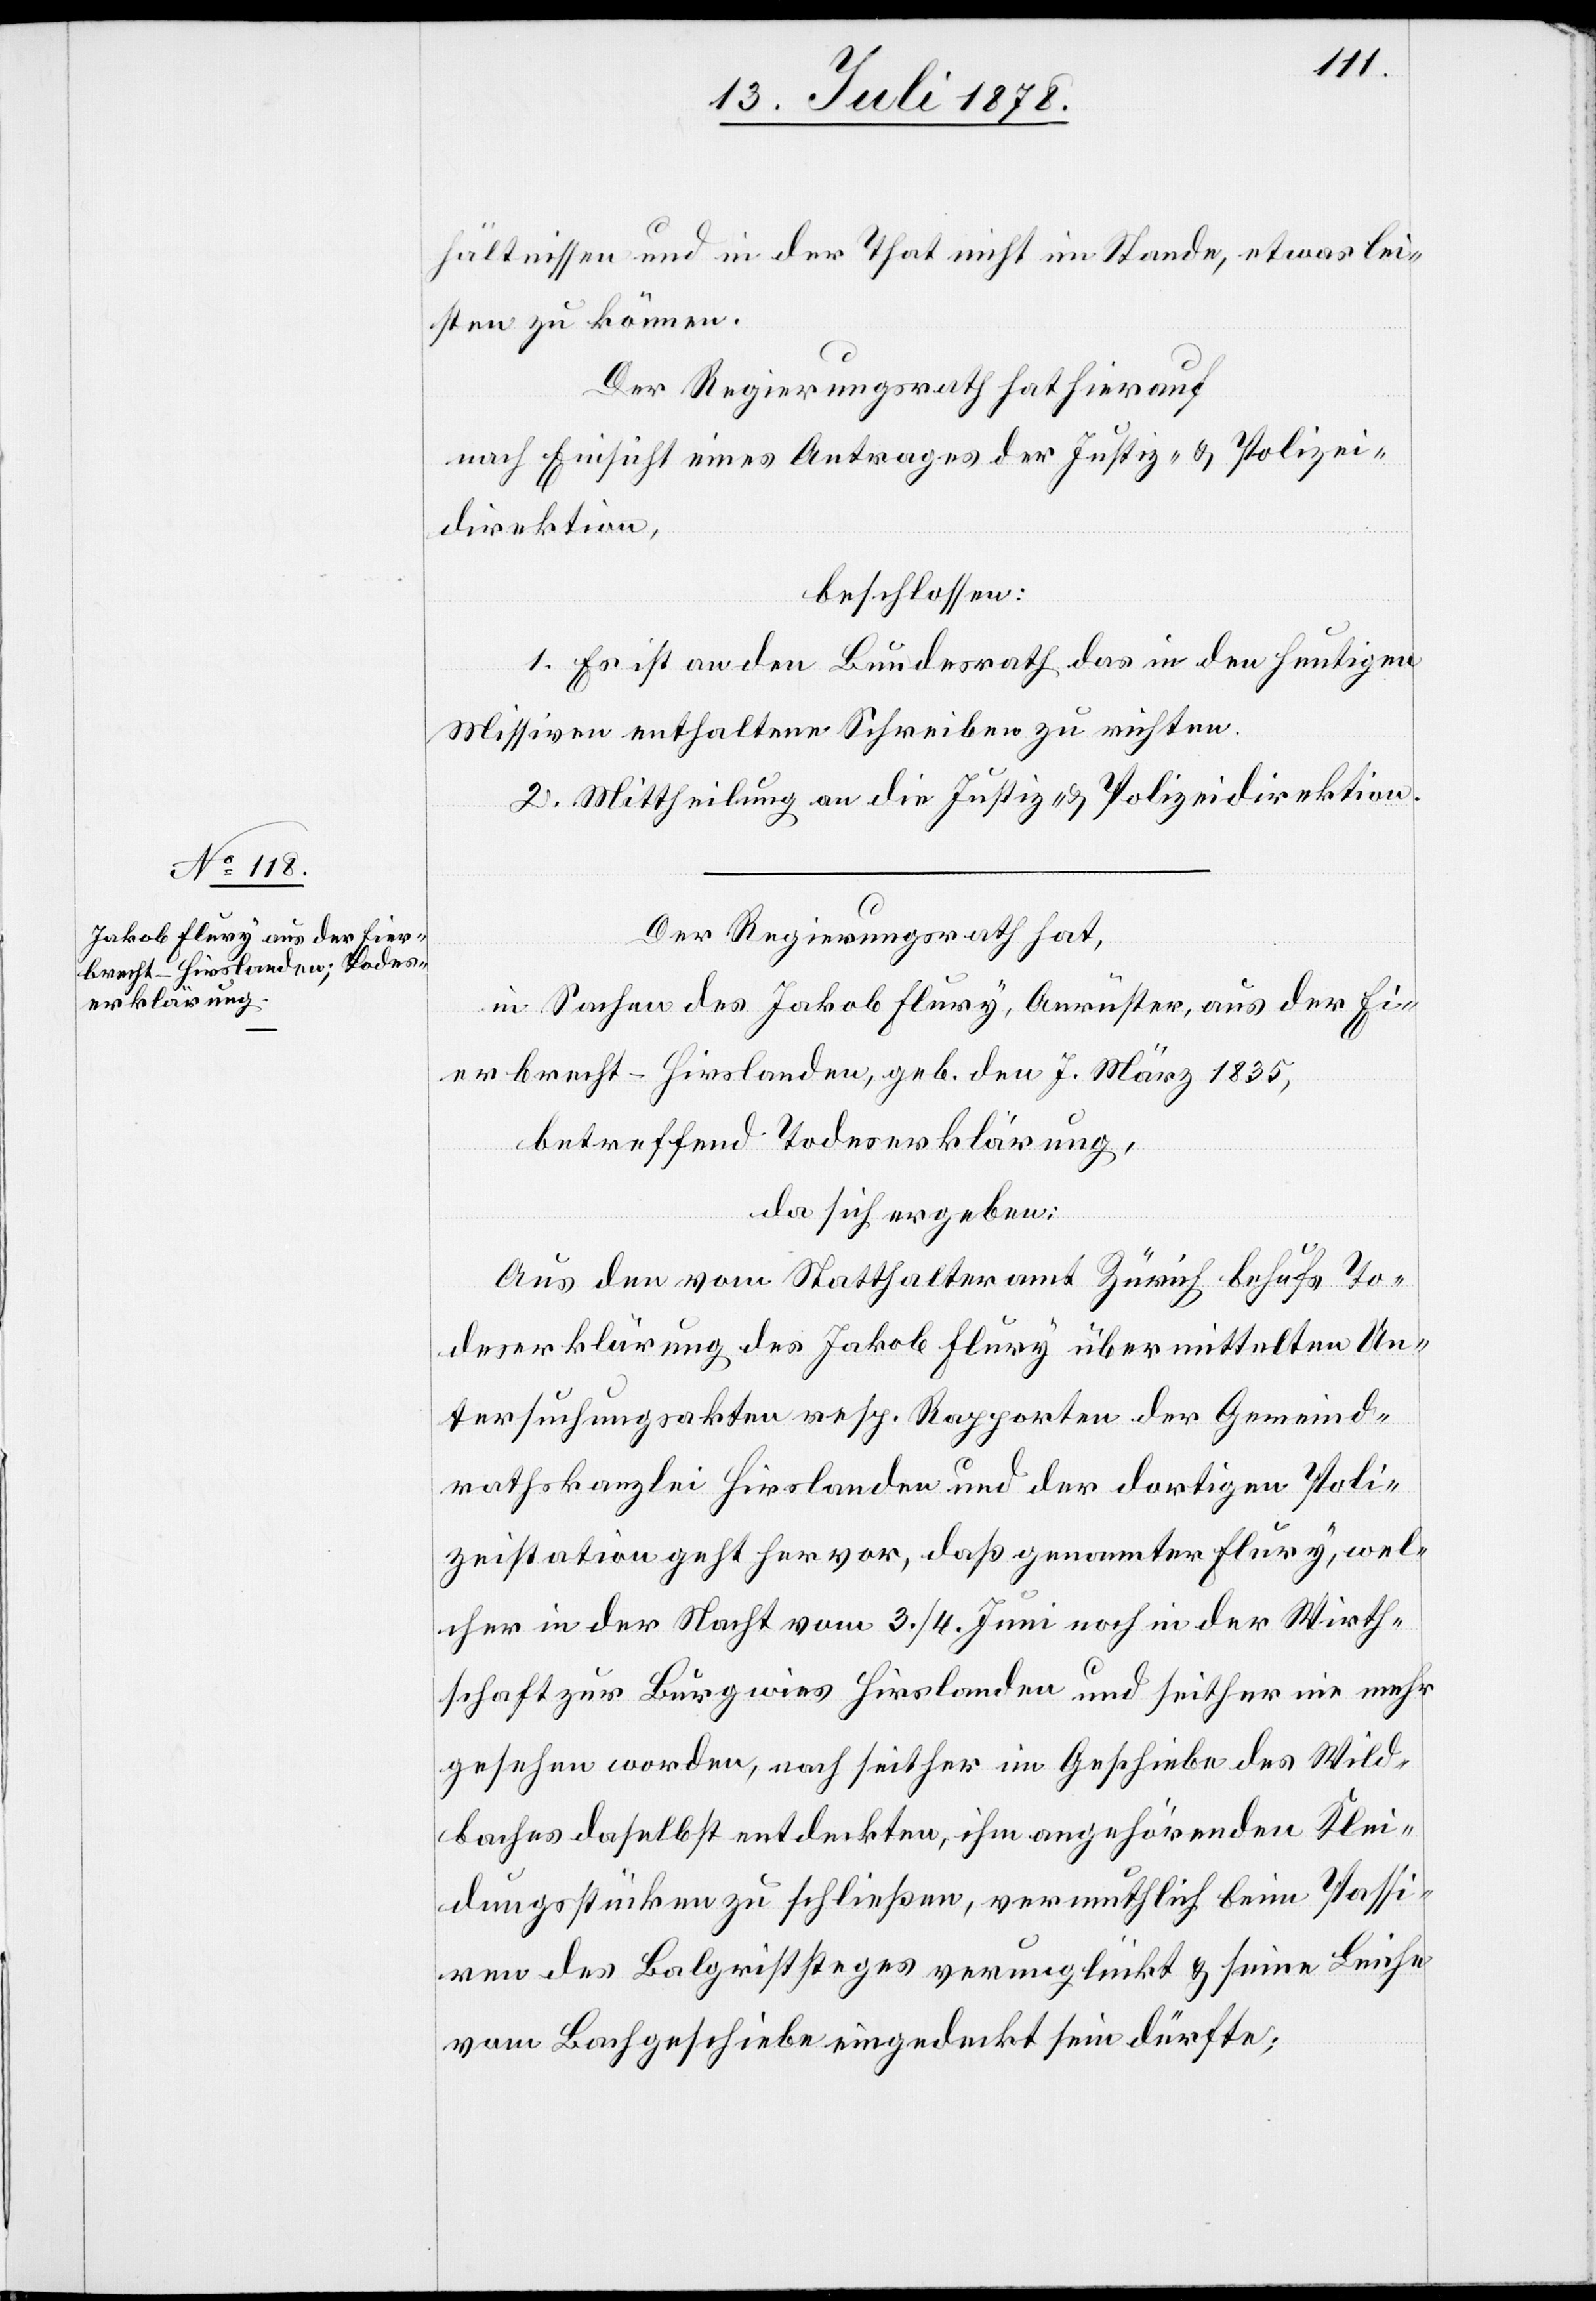
hältnissen und in der That nicht im Stande, etwas lei¬
sten zu können.
Der Regierungsrath hat hierauf
nach Einsicht eines Antrages der Justiz- & Polizei¬
direktion,
beschlossen:
1. Es ist an den Bundesrath das in den heutigen
Missiven enthaltene Schreiben zu richten.
2. Mittheilung an die Justiz- & Polizeidirektion.
Der Regierungsrath hat,
in Sachen des Jakob Flury, Anrüster, aus der Ei¬
erbrecht - Hirslanden, geb. den 7. März 1835,
betreffend Todeserklärung,
da sich ergeben:
Aus den vom Statthalteramt Zürich behufs To¬
deserklärung des Jakob Flury übermittelten Un¬
tersuchungsakten resp. Rapporten der Gemeind¬
rathskanzlei Hirslanden und der dortigen Poli¬
zeistation geht hervor, daß genannter Flury, wel¬
cher in der Nacht vom 3./4. Juni noch in der Wirth¬
schaft zur Burgwies Hirslanden und seither nie mehr
gesehen worden, nach seither im Geschiebe des Wild¬
baches daselbst entdeckten, ihm angehörenden Klei¬
dungsstücken zu schließen, vermuthlich beim Passi¬
ren des Balgriststeges verunglückt & seine Leiche
vom Bachgeschiebe eingedeckt sein dürfte;